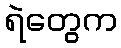
ရဲတွေက